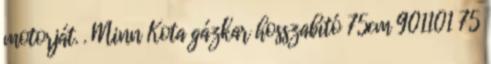
motorját. . Minn Kota gázkar hosszabító 75cm 901101 75